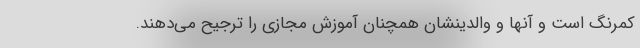
کمرنگ است و آنها و والدینشان همچنان آموزش مجازی را ترجیح می‌دهند.